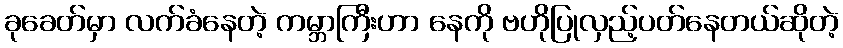
ခုခေတ်မှာ လက်ခံနေတဲ့ ကမ္ဘာကြီးဟာ နေကို ဗဟိုပြုလှည့်ပတ်နေတယ်ဆိုတဲ့